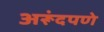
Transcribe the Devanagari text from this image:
अरूंदपणे